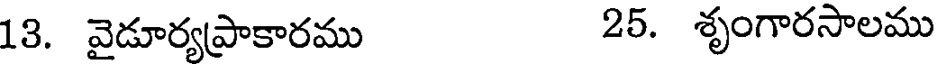
13. వైడూర్యప్రాకారము 25. శృంగారసాలము